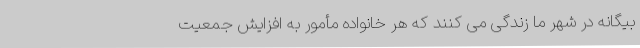
بیگانه در شهر ما زندگی می کنند که هر خانواده مأمور به افزایش جمعیت